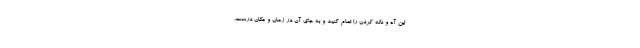
این آه و ناله کردن را تمام کنید و به جای آن در زمان و مکان درست،